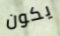
يكون